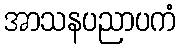
အာသနပညာပကံ